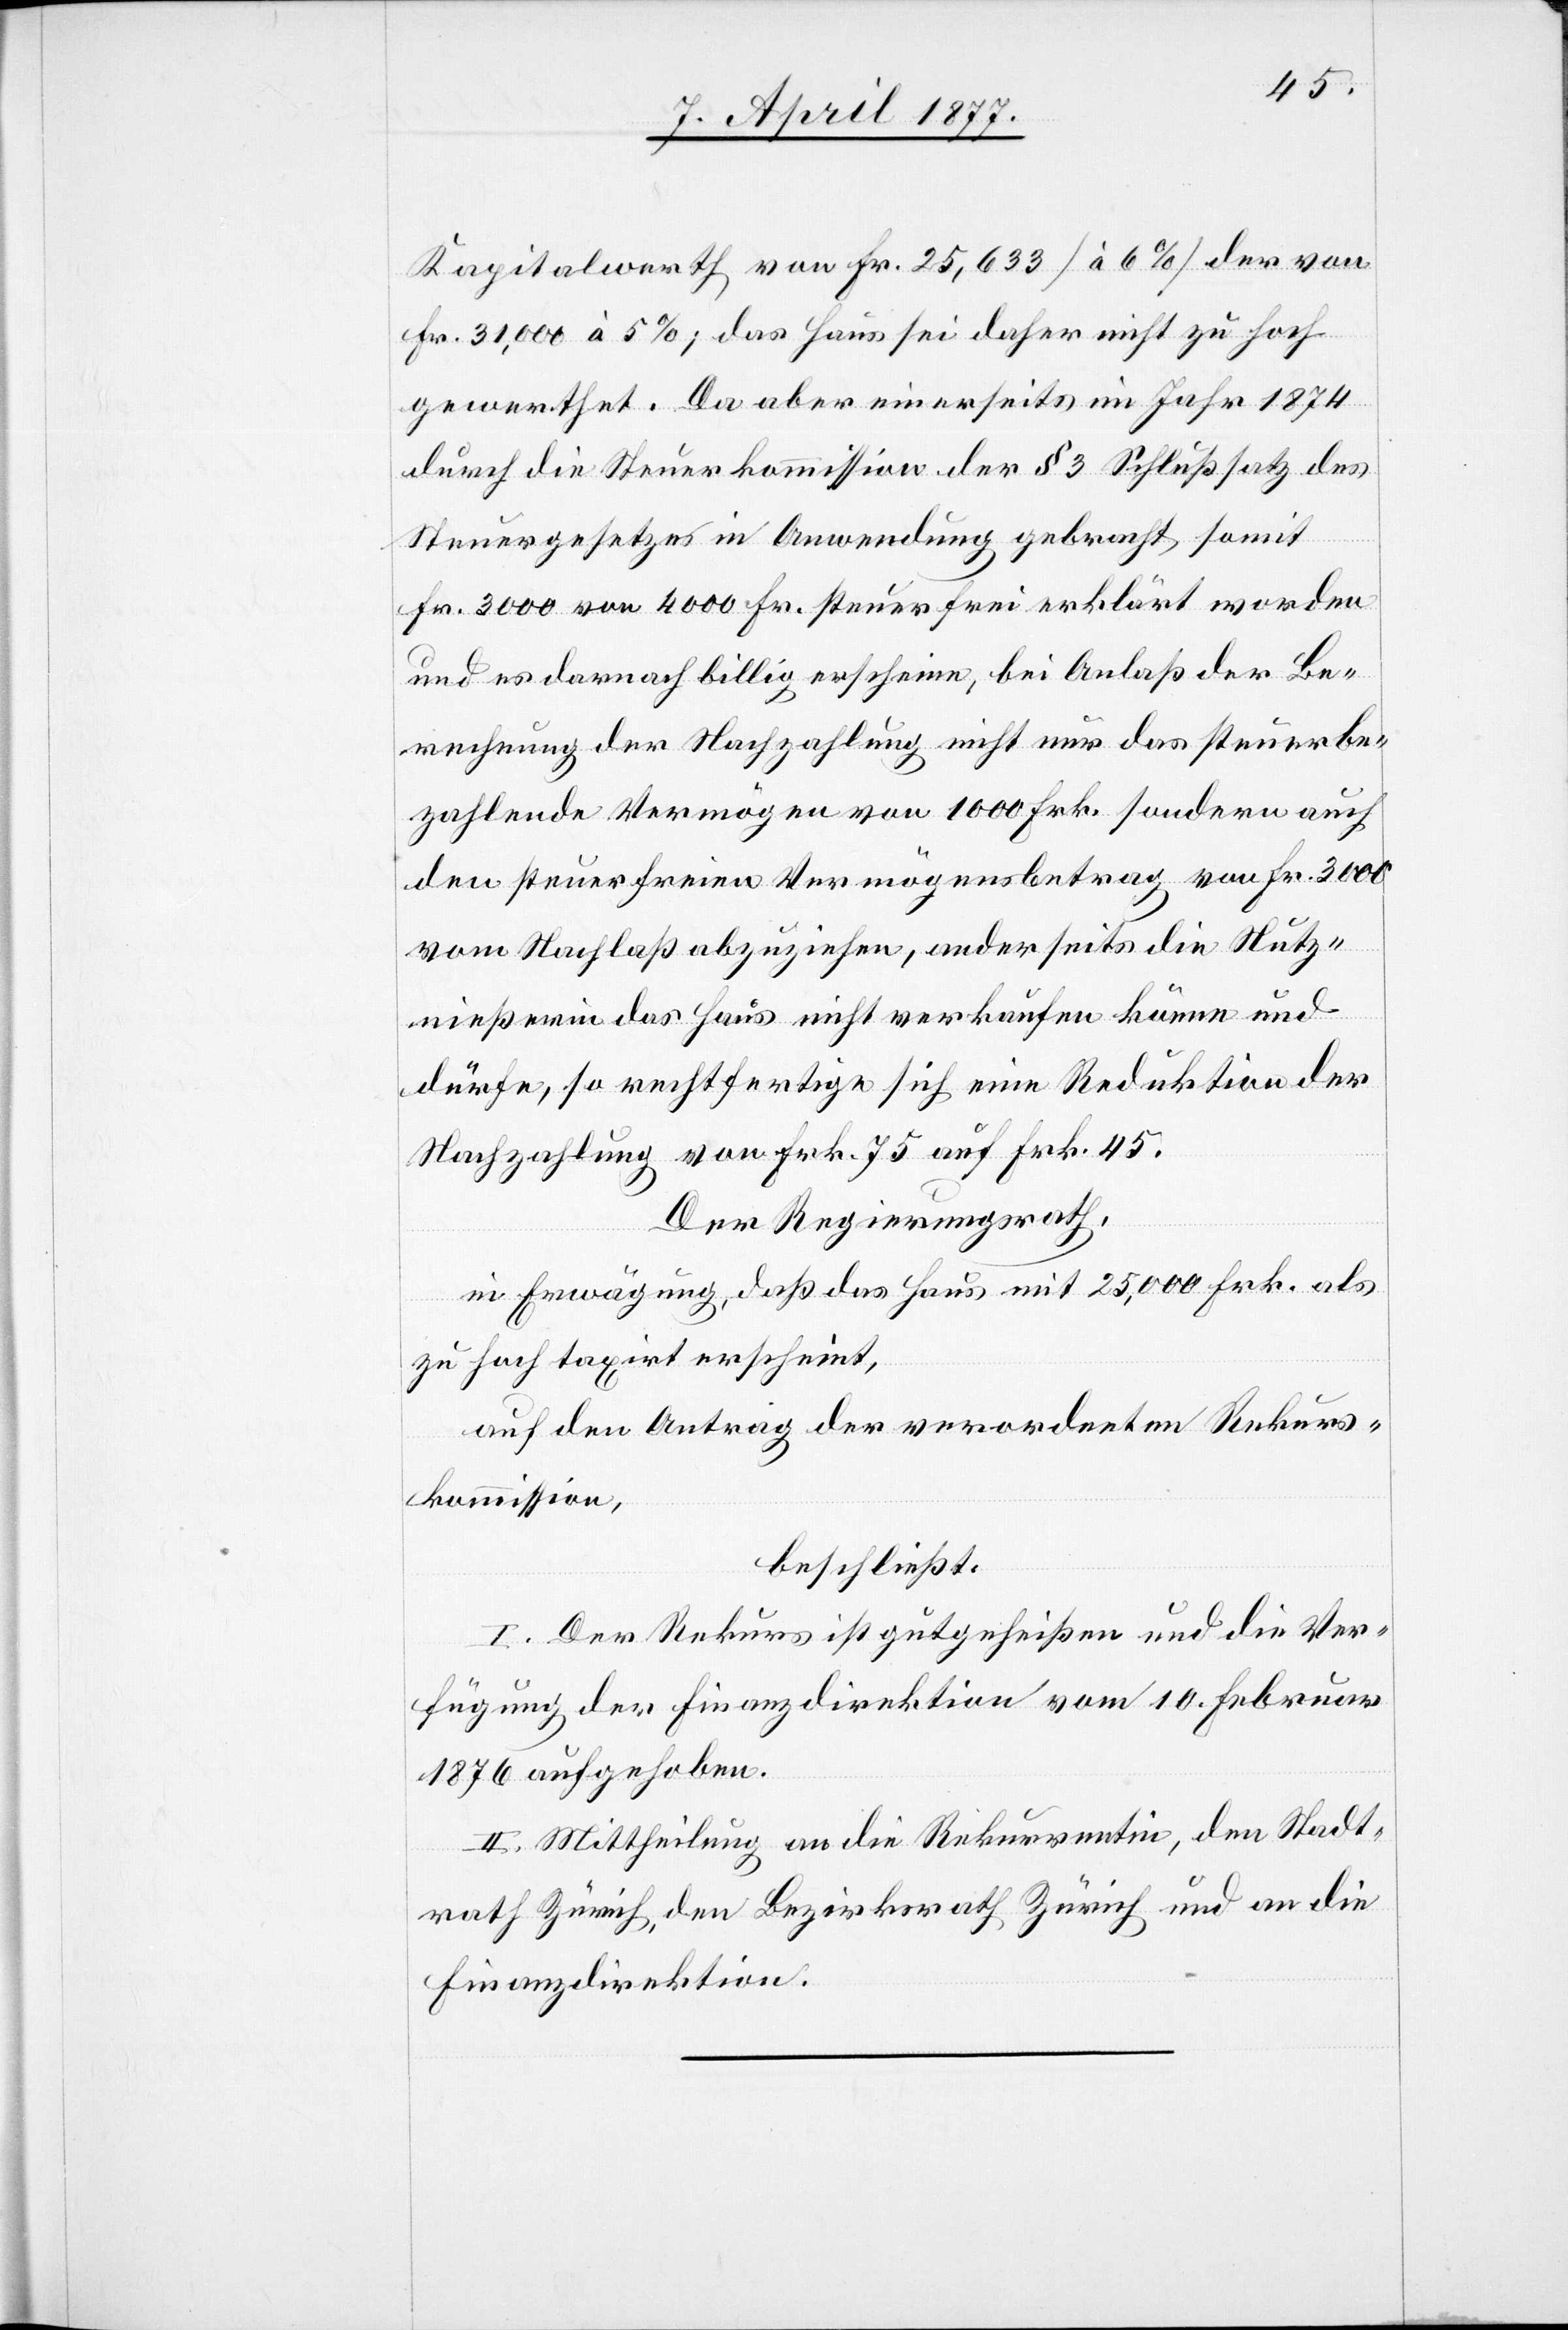
Kapitalwerth von Fr. 25,633 [à 6%] der von
Fr. 31,000 à 5%; das Haus sei daher nicht zu hoch
gewerthet. Da aber einerseits im Jahr 1874
durch die Steuerkommission der § 3 Schlußsatz des
Steuergesetzes in Anwendung gebracht, somit
Fr. 3000 von 4000 Fr. steuerfrei erklärt worden
und es darnach billig erscheine, bei Anlaß der Be¬
rechnung der Nachzahlung nicht nur das steuerbe¬
zahlende Vermögen von 1000 Frk. sondern auch
den steuerfreien Vermögensbetrag von Fr. 3000
vom Nachlaß abzuziehen, anderseits die Nutz¬
nießerin das Haus nicht verkaufen könne und
dürfe, so rechtfertige sich eine Reduktion der
Nachzahlung von Frk. 75 auf Frk. 45.
Der Regierungsrath,
in Erwägung, daß das Haus mit 25,000 Frk. als
zu hoch taxirt erscheint,
auf den Antrag der verordneten Rekurs¬
kommission,
beschließt:
I. Der Rekurs ist gutgeheißen und die Ver¬
fügung der Finanzdirektion vom 10. Februar
1876 aufgehoben.
II. Mittheilung an die Rekurrentin, den Stadt¬
rath Zürich, den Bezirksrath Zürich und an die
Finanzdirektion.